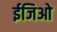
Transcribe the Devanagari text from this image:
ईजिओ